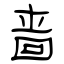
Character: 啬